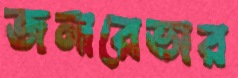
জনারেভার